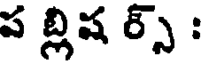
ప బ్లిష ర్స్ :